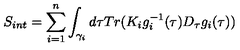
S _ { i n t } = \sum _ { i = 1 } ^ { n } \int _ { \gamma _ { i } } d \tau T r ( K _ { i } g _ { i } ^ { - 1 } ( \tau ) D _ { \tau } g _ { i } ( \tau ) )